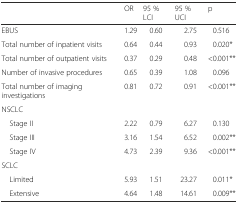
<table><thead><tr><td></td><td><b>OR</b></td><td><b>95 % LCI</b></td><td><b>95 % UCI</b></td><td><b>p</b></td></tr></thead><tbody><tr><td>EBUS</td><td>1.29</td><td>0.60</td><td>2.75</td><td>0.516</td></tr><tr><td>Total number of inpatient visits</td><td>0.64</td><td>0.44</td><td>0.93</td><td>0.020*</td></tr><tr><td>Total number of outpatient visits</td><td>0.37</td><td>0.29</td><td>0.48</td><td>&lt;0.001**</td></tr><tr><td>Number of invasive procedures</td><td>0.65</td><td>0.39</td><td>1.08</td><td>0.096</td></tr><tr><td>Total number of imaging investigations</td><td>0.81</td><td>0.72</td><td>0.91</td><td>&lt;0.001**</td></tr><tr><td>NSCLC</td><td></td><td></td><td></td><td></td></tr><tr><td> Stage II</td><td>2.22</td><td>0.79</td><td>6.27</td><td>0.130</td></tr><tr><td> Stage III</td><td>3.16</td><td>1.54</td><td>6.52</td><td>0.002**</td></tr><tr><td> Stage IV</td><td>4.73</td><td>2.39</td><td>9.36</td><td>&lt;0.001**</td></tr><tr><td>SCLC</td><td></td><td></td><td></td><td></td></tr><tr><td> Limited</td><td>5.93</td><td>1.51</td><td>23.27</td><td>0.011*</td></tr><tr><td> Extensive</td><td>4.64</td><td>1.48 </td><td>14.61</td><td>0.009**</td></tr></tbody></table>